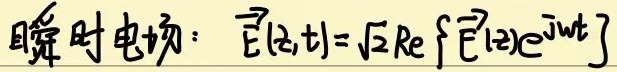
瞬时电场：$\overrightarrow{E}(z,t)=\sqrt{2}\text{Re}\left\{\overrightarrow{E}(z)e^{\text{j}\omega t}\right\}$